NAE_EAA_P-1039_Kommunismi_Majak_kalurikolhoos, lk 23
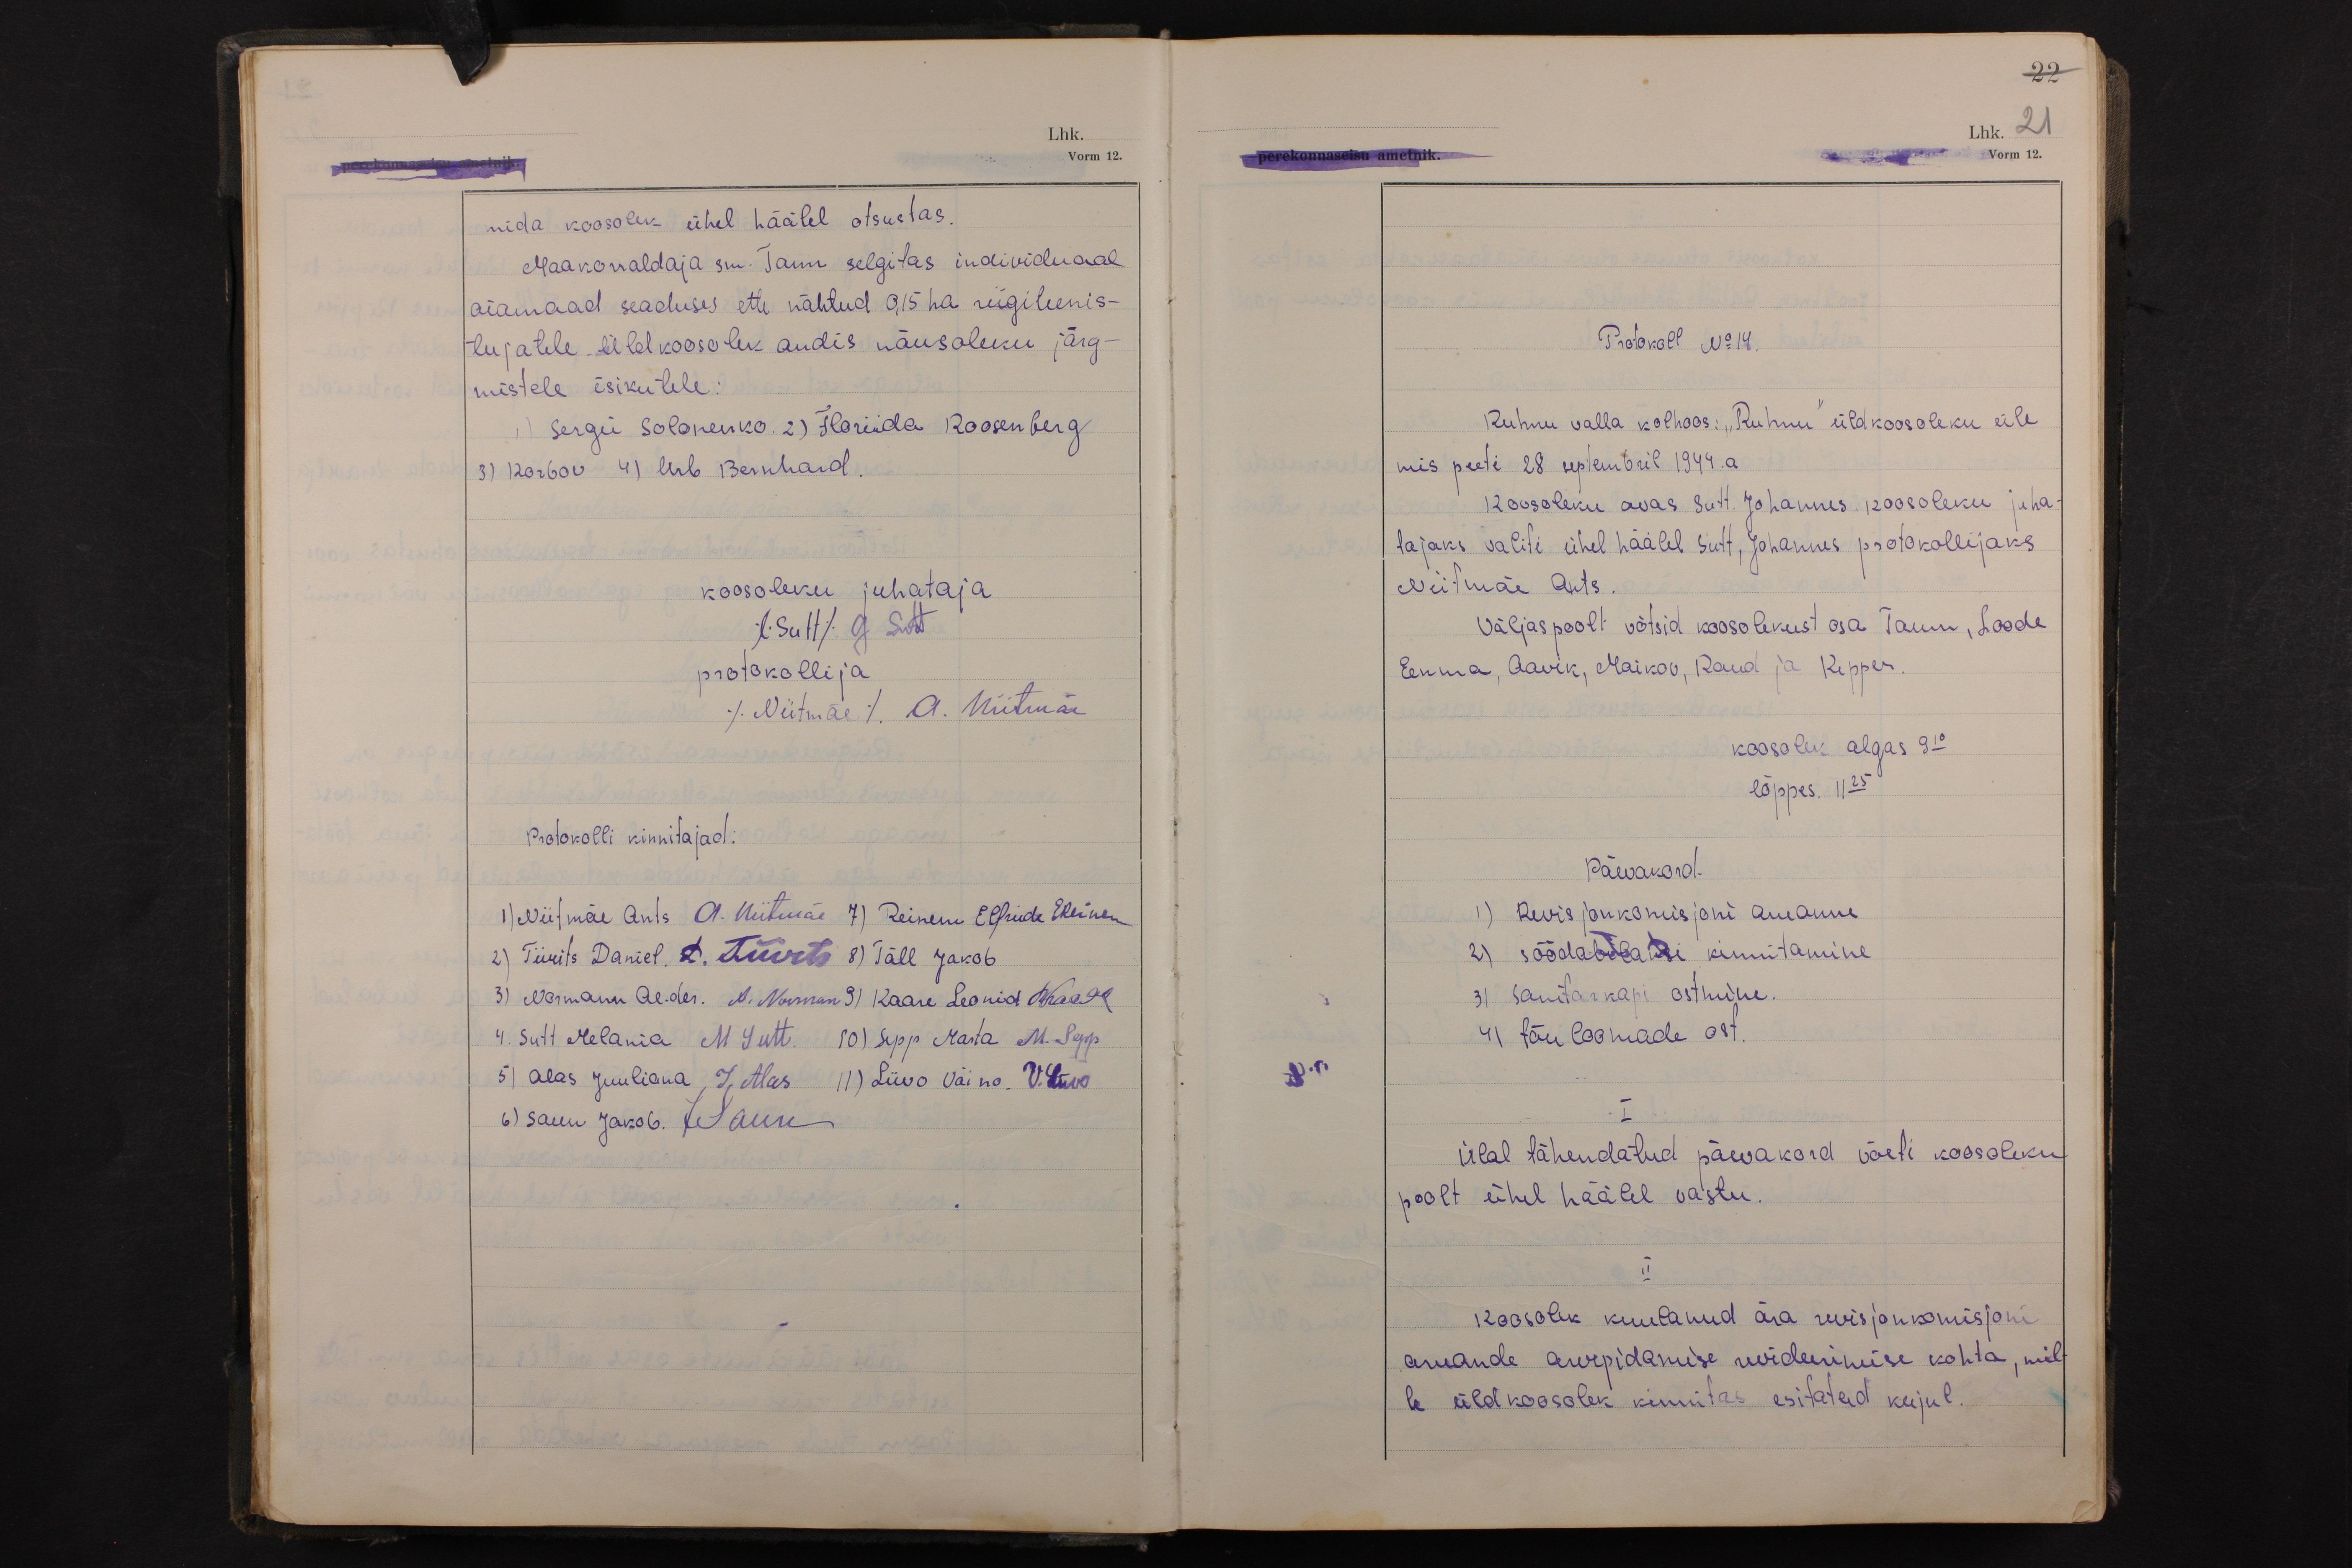
22
Lhk. 21
Vorm 12.

mida koosolek ühel häälel otsustas.
Maakorraldaja sm. Tann selgitas individuaal
aiamaad seaduses ette nähtud 0,15 ha riigiteenis-
tujatele. Üldkoosolek andis nõusoleku järg-
mistele isikutele:
1) Sergei Solonenko. 2) Floriida Roosenberg
3) Korbov 4) Urb Bernhard.
koosoleku juhataja
(Sutt) G Sutt
protokollija
(Niitmäe) A. Niitmäe
Protokolli kinnitajad:
1) Niitmäe Ants A. Niitmäe 7) Reinem Elfriide EReinem
2) Tiivits Daniel D. Tiivits 8) Täll Jakob
3) Normann Al-der. A. Norman 9) Kaare Leonid LKaare
4. Sutt Melania M Sutt. 10) Sepp Marta M. Sepp
5) Alas Juuliana, J Alas 11) Liivo Väino. V. Liivo
6) Saun Jakob. JSaun

Protokoll No 14.
Ruhnu valla kolhoos: "Ruhnu" üldkoosoleku üle
mis peeti 28 septembril 1949.a
Koosoleku avas Sutt. Johannes. koosoleku juha-
tajaks valiti ühel häälel Sutt, Johannes protokollijaks
Niitmäe Ants.
Väljaspoolt võtsid koosolekust osa Tamm, Loode
Eenma, Aavik, Maikov, Raud ja Kipper.
koosolek algas 9 10
lõppes. 11 25
Päevakord.
1) Revisjonkomisjoni aruanne
2) söödabilansi kinnitamine
3) sanitarkapi ostmine.
4) tõuloomade ost.
I
Ülal tähendatud päevakord võeti koosoleku
poolt ühel häälel vastu.
II
Koosolek kuulanud ära revisjonkomisjoni
aruande arvepidamise revideerimise kohta, mil-
le üldkoosolek kinnitas esitatud kujul.